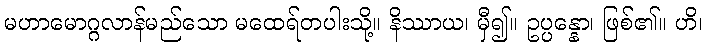
မဟာမောဂ္ဂလာန်မည်သော မထေရ်တပါးသို့။ နိဿာယ၊ မှီ၍။ ဥပ္ပန္နော၊ ဖြစ်၏။ ဟိ၊